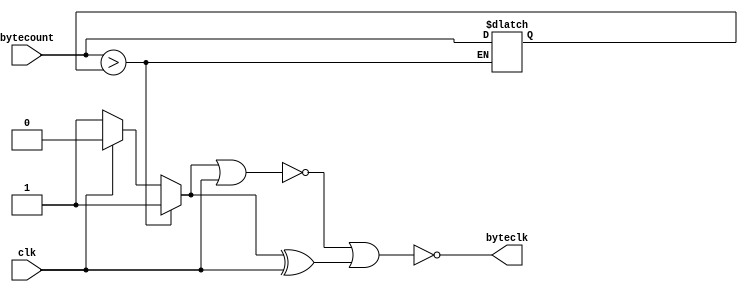
`timescale 1ns / 1ps
//////////////////////////////////////////////////////////////////////////////////
// Company: 
// Engineer: 
// 
// Design Name: 
// Module Name: byteclk
// Project Name: 
// Target Devices: 
// Tool Versions: 
// Description: 
// 
// Dependencies: 
// 
// Revision:
// Revision 0.01 - File Created
// Additional Comments:
// 
//////////////////////////////////////////////////////////////////////////////////


module byteclk(input clk,input [3:0] bytecount, output byteclk
    
    );
    reg [3:0] bytebuff;
    reg byteclk1;
    reg flag;
    initial bytebuff = 0;
    initial flag = 1;
    always @( clk) begin
        if ((bytecount > bytebuff)) begin
            byteclk1 <= 1;   // generates a pulse every other byte(not a single pulse for every byte)
            bytebuff <= bytecount;  // update the next value of bytebuff
        end else if (~clk ) begin
            byteclk1 <= 1;
        end else begin
            flag <=0;
            byteclk1 <= 0;
        end
    end
    assign byteclk = ~(~(byteclk1 || clk) || (byteclk1 ^^ clk));
endmodule